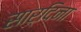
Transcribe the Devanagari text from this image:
सार्दिना